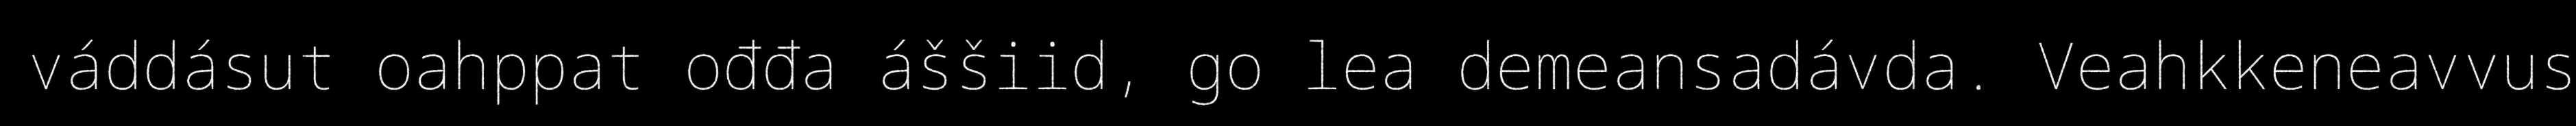
váddásut oahppat ođđa áššiid, go lea demeansadávda. Veahkkeneavvus